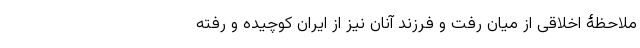
ملاحظۀ اخلاقی از میان رفت و فرزند آنان نیز از ایران کوچیده و رفته